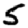
Digit: 5